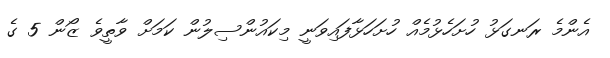
އެންމެ ރަނގަޅު ހުށަހެޅުމެއް ހުށަހަޅާފައިވަނީ މިކައުންސިލުން ކަމަށް ވާތީވެ ޒޯން 5 ގެ